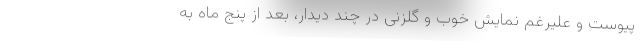
پیوست و علیرغم نمایش خوب و گلزنی در چند دیدار، بعد از پنج ماه به